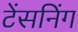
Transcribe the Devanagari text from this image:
टेंसनिंग